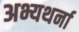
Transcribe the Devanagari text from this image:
अभ्यथर्ना